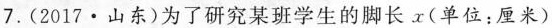
7. (2017·山东) 为了研究某班学生的脚长x(单位：厘米)